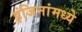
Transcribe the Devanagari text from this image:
इंजिनांमध्ये